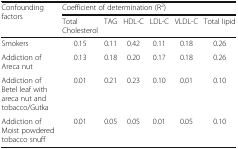
<table><thead><tr><td rowspan="2"><b>Confounding factors</b></td><td colspan="6"><b>Coefficient of determination (R<sup>2</sup>)</b></td></tr><tr><td><b>Total Cholesterol</b></td><td><b>TAG</b></td><td><b>HDL-C</b></td><td><b>LDL-C</b></td><td><b>VLDL-C</b></td><td><b>Total lipid</b></td></tr></thead><tbody><tr><td>Smokers</td><td>0.15</td><td>0.11</td><td>0.42</td><td>0.11</td><td>0.18</td><td>0.26</td></tr><tr><td>Addiction of Areca nut</td><td>0.13</td><td>0.18</td><td>0.20</td><td>0.17</td><td>0.18</td><td>0.26</td></tr><tr><td>Addiction of Betel leaf with areca nut and tobacco/Gutka</td><td>0.01</td><td>0.21</td><td>0.23</td><td>0.10</td><td>0.01</td><td>0.10</td></tr><tr><td>Addiction of Moist powdered tobacco snuff</td><td>0.01</td><td>0.05</td><td>0.05</td><td>0.01</td><td>0.05</td><td>0.10</td></tr></tbody></table>